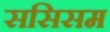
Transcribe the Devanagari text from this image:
ससिसम